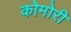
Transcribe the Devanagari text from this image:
कोमोरी